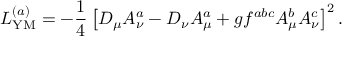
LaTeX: { \cal L } _ { \mathrm { Y M } } ^ { ( a ) } = - \frac 1 4 \left[ D _ { \mu } A _ { \nu } ^ { a } - D _ { \nu } A _ { \mu } ^ { a } + g f ^ { a b c } A _ { \mu } ^ { b } A _ { \nu } ^ { c } \right] ^ { 2 } .